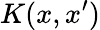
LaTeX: K(x,x^{\prime})